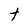
Character: t